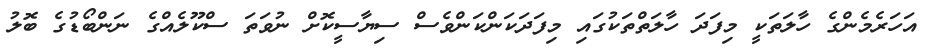
އަހަރެމެންގެ ހާލަތަކީ މިފަދަ ހާލަތްތަކުގައި މިފަދަކަންކަންވެސް ސިޔާސީކޮށް ނުވަތަ ސްކޫލެއްގެ ނަންބޯޑުގެ ބޮލު